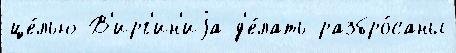
це́лью В'ирг'ин'иjа д'е́лать разбро́саны